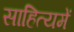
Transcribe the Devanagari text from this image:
साहित्यमें